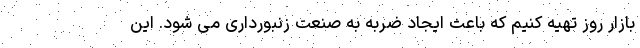
بازار روز تهیه کنیم که باعث ایجاد ضربه به صنعت زنبورداری می شود. این